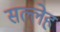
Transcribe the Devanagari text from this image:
सल्लेह